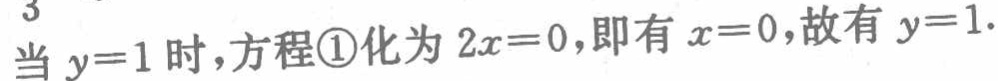
当 \(y = 1\) 时，方程\textcircled{1}化为 \(2x = 0\)，即有 \(x = 0\)，故有 \(y = 1\).